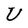
Character: U